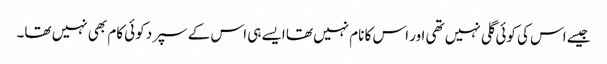
جیسے اس کی کوئی گلی نہیں تھی اور اس کا نام نہیں تھا ایسے ہی اس کے سپرد کوئی کام بھی نہیں تھا۔